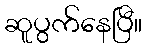
ဆူပွက်နေပြီ။